Annual administration report of the Civil Veterinary Department of India - 1896-1897
Year: 1896
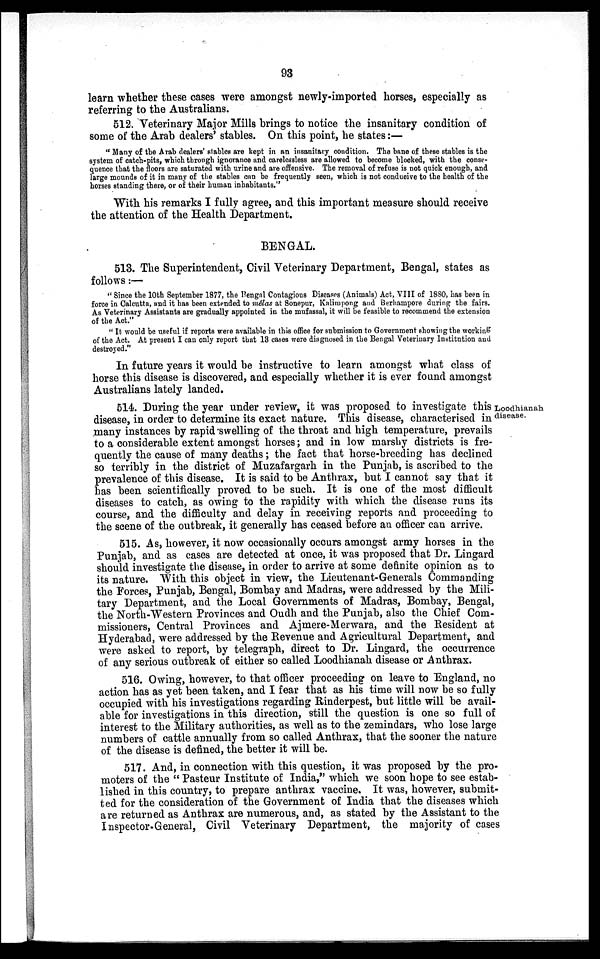
93
learn whether these cases were amongst newly-imported horses, especially as
referring to the Australians.
512. Veterinary Major Mills brings to notice the insanitary condition of
some of the Arab dealers' stables. On this point, he states:—
"Many of the Arab dealers' stables are kept in an insanitary condition. The bane of these stables is the
system of catch-pits, which through ignorance and carelessless are allowed to become blocked, with the conse-
quence that the floors are saturated with urine and are offensive. The removal of refuse is not quick enough, and
large mounds of it in many of the stables can be frequently seen, which is not conducive to the health of the
horses standing there, or of their human inhabitants."
With his remarks I fully agree, and this important measure should receive
the attention of the Health Department.
BENGAL.
513. The Superintendent, Civil Veterinary Department, Bengal, states as
follows:—
" Since the 10th September 1877, the Bengal Contagious Diseases (Animals) Act, VIII of 1880, has been in
force in Calcutta, and it has been extended to mêlas at Sonepur, Kalimpong and Berhampore during the fairs.
As Veterinary Assistants are gradually appointed in the mufassal, it will be feasible to recommend the extension
of the Act."
" It would be useful if reports were available in this office for submission to Government showing the working
of the Act. At present I can only report that 13 cases were diagnosed in the Bengal Veterinary Institution and
destroyed."
In future years it would be instructive to learn amongst what class of
horse this disease is discovered, and especially whether it is ever found amongst
Australians lately landed.
Loodhianah.
disease.
514. During the year under review, it was proposed to investigate this
disease, in order to determine its exact nature. This disease, characterised in
many instances by rapid swelling of the throat and high temperature, prevails
to a considerable extent amongst horses; and in low marshy districts is fre-
quently the cause of many deaths; the fact that horse-breeding has declined
so terribly in the district of Muzafargarh in the Punjab, is ascribed to the
prevalence of this disease. It is said to be Anthrax, but I cannot say that it
has been scientifically proved to be such. It is one of the most difficult
diseases to catch, as owing to the rapidity with which the disease runs its
course, and the difficulty and delay in receiving reports and proceeding to
the scene of the outbreak, it generally has ceased before an officer can arrive.
515. As, however, it now occasionally occurs amongst army horses in the
Punjab, and as cases are detected at once, it was proposed that Dr. Lingard
should investigate the disease, in order to arrive at some definite opinion as to
its nature. With this object in view, the Lieutenant-Generals Commanding
the Forces, Punjab, Bengal, Bombay and Madras, were addressed by the Mili-
tary Department, and the Local Governments of Madras, Bombay, Bengal,
the North-Western Provinces and Oudh and the Punjab, also the Chief Com-
missioners, Central Provinces and Ajmere-Merwara, and the Resident at
Hyderabad, were addressed by the Revenue and Agricultural Department, and
were asked to report, by telegraph, direct to Dr. Lingard, the occurrence
of any serious outbreak of either so called Loodhianah disease or Anthrax.
516. Owing, however, to that officer proceeding on leave to England, no
action has as yet been taken, and I fear that as his time will now be so fully
occupied with his investigations regarding Rinderpest, but little will be avail-
able for investigations in this direction, still the question is one so full of
interest to the Military authorities, as well as to the zemindars, who lose large
numbers of cattle annually from so called Anthrax, that the sooner the nature
of the disease is defined, the better it will be.
517. And, in connection with this question, it was proposed by the pro-
moters of the " Pasteur Institute of India," which we soon hope to see estab-
lished in this country, to prepare anthrax vaccine. It was, however, submit-
ted for the consideration of the Government of India that the diseases which
are returned as Anthrax are numerous, and, as stated by the Assistant to the
Inspector-General, Civil Veterinary Department, the majority of cases